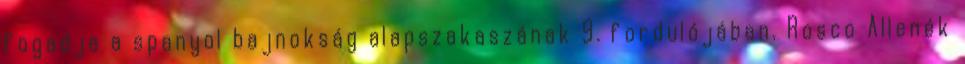
fogadja a spanyol bajnokság alapszakaszának 9. fordulójában. Rosco Allenék